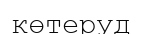
көтеруд